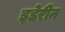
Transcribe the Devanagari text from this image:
इडेरीन